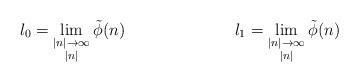
LaTeX: \begin{align*}l_0&=\lim_{\substack{|n|\to\infty \\ |n|}}\tilde{\phi}(n) & l_1&=\lim_{\substack{|n|\to\infty \\ |n|}}\tilde{\phi}(n)\end{align*}